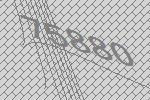
75880